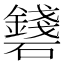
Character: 𥗛